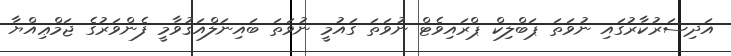
އަދިސަރުކާރުގައި ނުވަތަ ޕަބްލިކް ޕްރައިވެޓް ނުވަތަ ގައުމީ ނުވަތަ ބައިނަލްއަޤުވާމީ ފެންވަރުގެ ޖަމްޢިއްޔާ